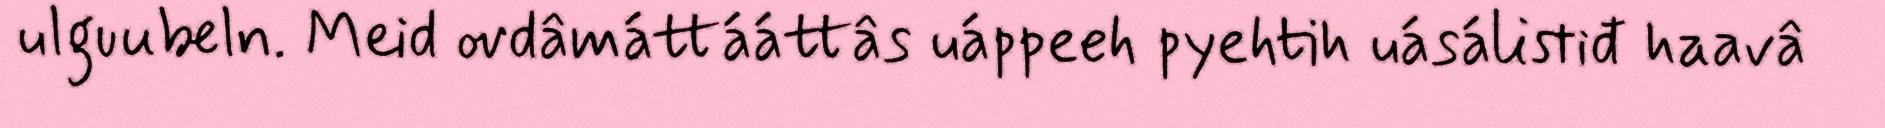
ulguubeln. Meid ovdâmáttááttâs uáppeeh pyehtih uásálistiđ haavâ